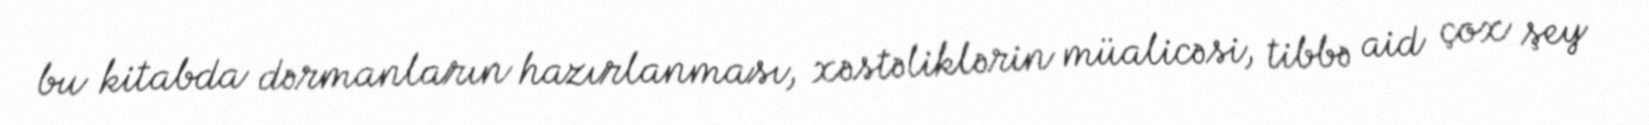
bu kitabda dərmanların hazırlanması, xəstəliklərin müalicəsi, tibbə aid çox şey